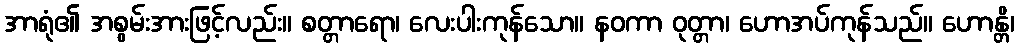
အာရုံ၏ အစွမ်းအားဖြင့်လည်း။ စတ္တာရော၊ လေးပါးကုန်သော။ နဝကာ ဝုတ္တာ၊ ဟောအပ်ကုန်သည်။ ဟောန္တိ၊